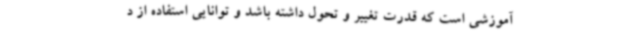
آموزشی است که قدرت تغییر و تحول داشته باشد و توانایی استفاده از د